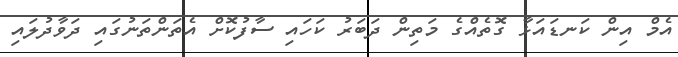
އެމް އިން ކަނޑައަޅާ ގޮތެއްގެ މަތިން ދަބަރު ކަހައި ސާފުކޮށް އެތަންތަނުގައި ދަވާދުލައި